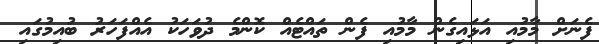
ފެނަށް މާމުއި އަޅައިގެން މާމުއި ފެން ތައްޓެއް ކޮންމެ ދުވަހަކު އެއްފަހަރު ބުއިމުގައި